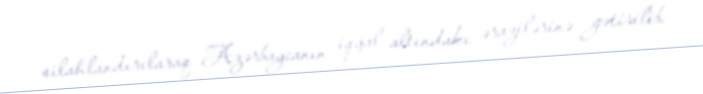
silahlandırılaraq Azərbaycanın işğal altındakı ərazilərinə gətirilib.